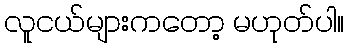
လူငယ်များကတော့ မဟုတ်ပါ။